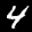
Label: 4